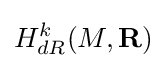
H_{dR}^{k}(M,\mathbf {R} )